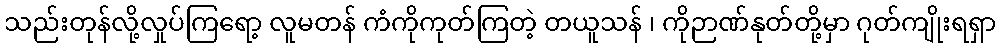
သည်းတုန်လို့လှုပ်ကြရော့ လူမတန် ကံကိုကုတ်ကြတဲ့ တယူသန် ၊ ကိုဉာဏ်နုတ်တို့မှာ ဂုတ်ကျိုးရရှာ